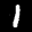
Label: 1